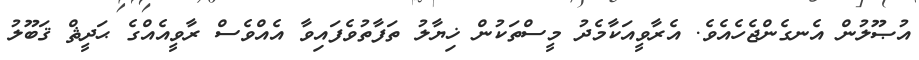
އުޞޫލުން އެނގެންޖެހެއެވެ. އެރާވީއަކާމެދު މީސްތަކުން ޚިޔާލު ތަފާތުވެފައިވާ އެއްވެސް ރާވީއެއްގެ ޙަދީޘް ޤަބޫލު